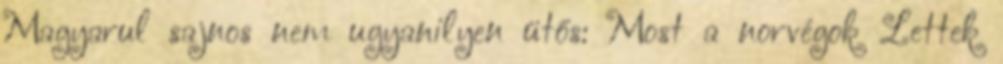
Magyarul sajnos nem ugyanilyen ütős: Most a norvégok Lettek